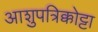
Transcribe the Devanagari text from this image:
आशुपत्रिक्कोट्टा